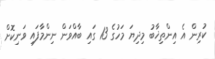
ކުރިން އެ އިންތިޚާބު މިދިޔަ މަހުގެ 13 ގައި ބާއްވަން ނިންމާފައި ވަނިކޮށް